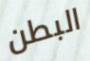
البطن